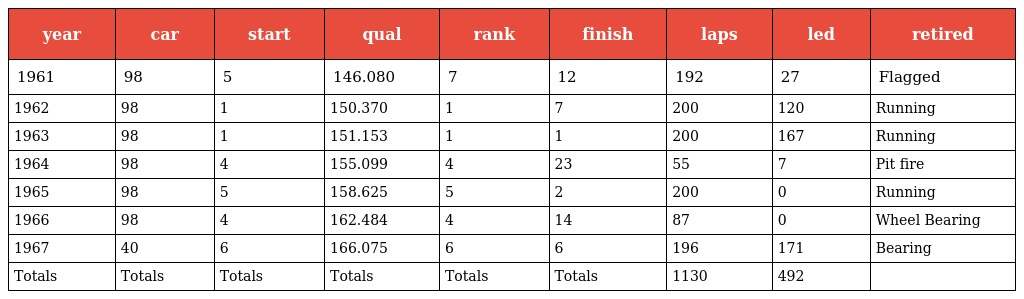
| year | car | start | qual | rank | finish | laps | led | retired |
 | --- | --- | --- | --- | --- | --- | --- | --- | --- |
 | 1961 | 98 | 5 | 146.080 | 7 | 12 | 192 | 27 | Flagged |
 | 1962 | 98 | 1 | 150.370 | 1 | 7 | 200 | 120 | Running |
 | 1963 | 98 | 1 | 151.153 | 1 | 1 | 200 | 167 | Running |
 | 1964 | 98 | 4 | 155.099 | 4 | 23 | 55 | 7 | Pit fire |
 | 1965 | 98 | 5 | 158.625 | 5 | 2 | 200 | 0 | Running |
 | 1966 | 98 | 4 | 162.484 | 4 | 14 | 87 | 0 | Wheel Bearing |
 | 1967 | 40 | 6 | 166.075 | 6 | 6 | 196 | 171 | Bearing |
 | Totals | Totals | Totals | Totals | Totals | Totals | 1130 | 492 |  |